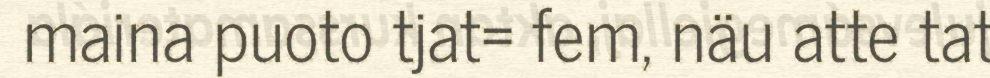
maina puoto tjat= fem, näu atte tat